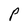
Character: P